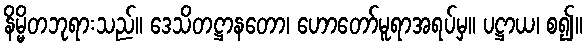
နိမ္မိတဘုရားသည်။ ဒေသိတဋ္ဌာနတော၊ ဟောတော်မူရာအရပ်မှ။ ပဋ္ဌာယ၊ စ၍။